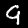
Digit: 9